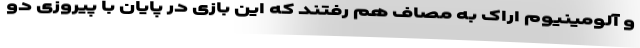
و آلومینیوم اراک به مصاف هم رفتند که این بازی در پایان با پیروزی دو